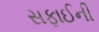
સફાઈની